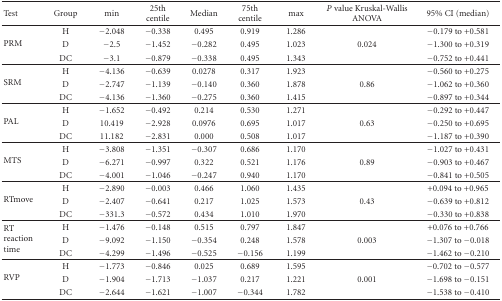
<table><thead><tr><td><b>Test</b></td><td><b>Group</b></td><td><b>min</b></td><td><b>25th centile</b></td><td><b>Median</b></td><td><b>75th centile</b></td><td><b>max</b></td><td><b><i>P</i> value Kruskal-Wallis ANOVA</b></td><td><b>95% CI (median)</b></td></tr></thead><tbody><tr><td rowspan="3">PRM</td><td>H</td><td>−2.048</td><td>−0.338</td><td>0.495</td><td>0.919</td><td>1.286</td><td>[EMPTY_CELL]</td><td>−0.179 to +0.581</td></tr><tr><td>D</td><td>−2.5</td><td>−1.452</td><td>−0.282</td><td>0.495</td><td>1.023</td><td>0.024</td><td>−1.300 to +0.319</td></tr><tr><td>DC</td><td>−3.1</td><td>−0.879</td><td>−0.338</td><td>0.495</td><td>1.343</td><td>[EMPTY_CELL]</td><td>−0.752 to +0.441</td></tr><tr><td rowspan="3">SRM</td><td>H</td><td>−4.136</td><td>−0.639</td><td>0.0278</td><td>0.317</td><td>1.923</td><td>[EMPTY_CELL]</td><td>−0.560 to +0.275</td></tr><tr><td>D</td><td>−2.747</td><td>−1.139</td><td>−0.140</td><td>0.360</td><td>1.878</td><td>0.86</td><td>−1.062 to +0.360</td></tr><tr><td>DC</td><td>−4.136</td><td>−1.360</td><td>−0.275</td><td>0.360</td><td>1.415</td><td>[EMPTY_CELL]</td><td>−0.897 to +0.344</td></tr><tr><td rowspan="3">PAL</td><td>H</td><td>−1.652</td><td>−0.492</td><td>0.214</td><td>0.530</td><td>1.271</td><td>[EMPTY_CELL]</td><td>−0.292 to +0.447</td></tr><tr><td>D</td><td>10.419</td><td>−2.928</td><td>0.0976</td><td>0.695</td><td>1.017</td><td>0.63</td><td>−0.250 to +0.695</td></tr><tr><td>DC</td><td>11.182</td><td>−2.831</td><td>0.000</td><td>0.508</td><td>1.017</td><td>[EMPTY_CELL]</td><td>−1.187 to +0.390</td></tr><tr><td rowspan="3">MTS</td><td>H</td><td>−3.808</td><td>−1.351</td><td>−0.307</td><td>0.686</td><td>1.170</td><td>[EMPTY_CELL]</td><td>−1.027 to +0.431</td></tr><tr><td>D</td><td>−6.271</td><td>−0.997</td><td> 0.322</td><td>0.521</td><td>1.176</td><td>0.89</td><td>−0.903 to +0.467</td></tr><tr><td>DC</td><td>−4.001</td><td>−1.046</td><td>−0.247</td><td>0.940</td><td>1.170</td><td>[EMPTY_CELL]</td><td>−0.841 to +0.505</td></tr><tr><td rowspan="3">RTmove</td><td>H</td><td>−2.890</td><td>−0.003</td><td>0.466</td><td>1.060</td><td>1.435</td><td>[EMPTY_CELL]</td><td>+0.094 to +0.965</td></tr><tr><td>D</td><td>−2.407</td><td>−0.641</td><td>0.217</td><td>1.025</td><td>1.573</td><td>0.43</td><td>−0.639 to +0.812</td></tr><tr><td>DC</td><td>−331.3</td><td>−0.572</td><td>0.434</td><td>1.010</td><td>1.970</td><td>[EMPTY_CELL]</td><td>−0.330 to +0.838</td></tr><tr><td rowspan="3">RT reaction time</td><td>H</td><td>−1.476</td><td>−0.148</td><td>0.515</td><td>0.797</td><td>1.847</td><td>[EMPTY_CELL]</td><td>+0.076 to +0.766</td></tr><tr><td>D</td><td>−9.092</td><td>−1.150</td><td>−0.354</td><td>0.248</td><td>1.578</td><td>0.003</td><td>−1.307 to −0.018</td></tr><tr><td>DC</td><td>−4.299</td><td>−1.496</td><td>−0.525</td><td>−0.156</td><td>1.199</td><td>[EMPTY_CELL]</td><td>−1.462 to −0.210</td></tr><tr><td rowspan="3">RVP</td><td>H</td><td>−1.773</td><td>−0.846</td><td>0.025</td><td>0.689</td><td>1.595</td><td>[EMPTY_CELL]</td><td>−0.702 to −0.577</td></tr><tr><td>D</td><td>−1.904</td><td>−1.713</td><td>−1.037</td><td>0.217</td><td>1.221</td><td>0.001</td><td>−1.698 to −0.151</td></tr><tr><td>DC</td><td>−2.644</td><td>−1.621</td><td>−1.007</td><td>−0.344</td><td>1.782</td><td>[EMPTY_CELL]</td><td>−1.538 to −0.410</td></tr></tbody></table>